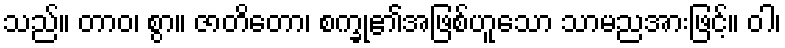
သည်။ တာဝ၊ စွာ။ ဇာတိတော၊ စက္ခု၏အဖြစ်ဟူသော သာမညအားဖြင့်။ ဝါ၊